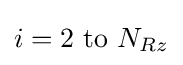
i=2{\text{ to }}N_{Rz}